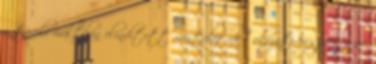
a távoli múltban elindított mentális ok - okozati összefüggés